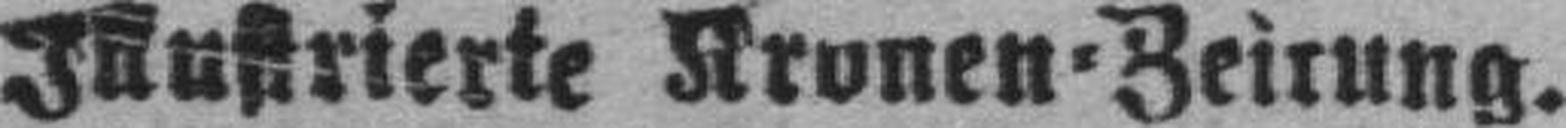
Illustrierte Kronen=Zeitung.